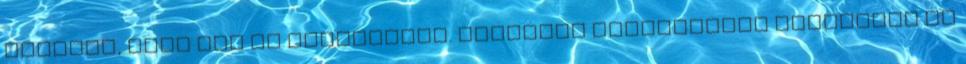
engedte, hogy más is belenézzen. Lankatag szelídséget árasztott és